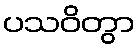
ပသဝိတွာ